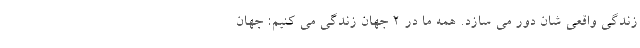
زندگی واقعی شان دور می سازد. همه ما در 2 جهان زندگی می کنیم: جهان